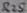
Text: R25